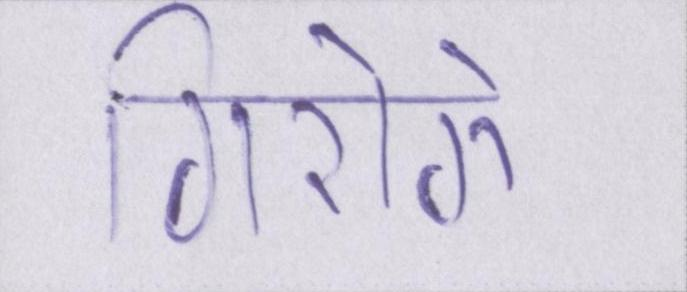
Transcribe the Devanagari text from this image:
गिरोगे